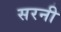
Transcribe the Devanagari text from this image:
सरनी